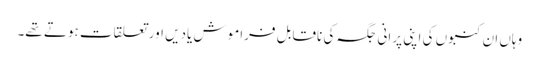
وہاں ان کنبوں کی اپنی پرانی جگہ کی ناقابل فراموش یادیں اور تعلقات ہوتے تھے۔